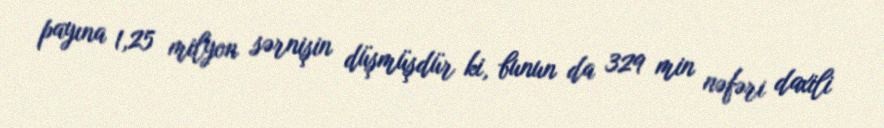
payına 1,25 milyon sərnişin düşmüşdür ki, bunun da 329 min nəfəri daxili